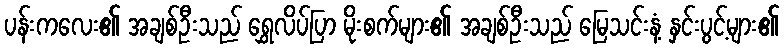
ပန်းကလေး၏ အချစ်ဦးသည် ရွှေလိပ်ပြာ မိုးစက်များ၏ အချစ်ဦးသည် မြေသင်းနံ့ နှင်းပွင့်များ၏